Medical and sanitary report on the native army of Bombay for the year
Year: 1877
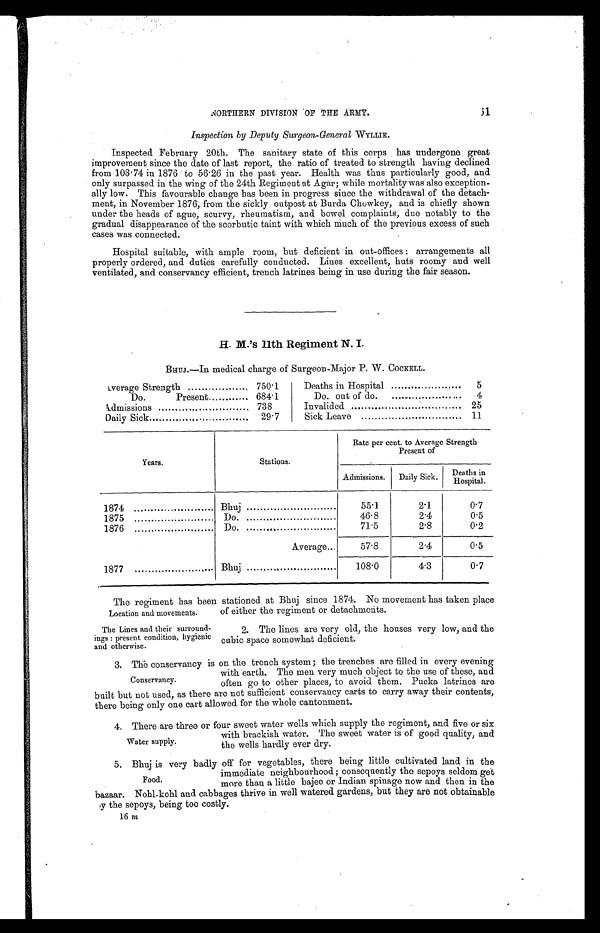
31
Inspection by Deputy Surgeon-General WYLLIE.
Inspected February 20th. The sanitary state of this corps has undergone great
improvement since the date of last report, the ratio of treated to strength having declined
from 103.74 in 1876 to 56.26 in the past year. Health was thus particularly good, and
only surpassed in the wing of the 24th Regiment at Agar; while mortality was also exception-
ally low. This favourable change has been in progress since the withdrawal of the detach-
ment, in November 1876, from the sickly outpost at Burda Chowkey, and is chiefly shown
under the heads of ague, scurvy, rheumatism, and bowel complaints, due notably to the
gradual disappearance of the scorbutic taint with which much of the previous excess of such
cases was connected.
Hospital suitable, with ample room, but deficient in out-offices : arrangements all
properly ordered, and duties carefully conducted. Lines excellent, huts roomy and well
ventilated, and conservancy efficient, trench latrines being in use during the fair season.
H. M.'S 11th Regiment N. I.
BHUJ.—In medical charge of Surgeon-Major P. W. COCKELL.
Average Strength
750.1
Deaths in Hospital
5
Do.
Present
684.1
Do out of do.
4
Admissions
738
Invalided
25
Daily Sick
29.7
Sick Leave
11
Years.
Stations.
Rate per cent. to Average Strength
Present of
Admissions.
Daily Sick.
Deaths in
Hospital.
1874
Bhuj
55.1
2.1
0.7
1875
Do.
46.8
2.4
0.5
1876
Do.
71.5
2.8
0.2
A v e r a g e
57.8
2.4
0.5
1877
.. Bhuj
108.0
4.3
0.7
Location and movements.
The regiment has been stationed at Bhuj since 1874. No movement has taken place
of either the regiment or detachments.
The Lines and their surround-
ings : present condition, hygienic
and otherwise.
2. The lines are very old, the houses very low, and the
cubic space somewhat deficient.
Conservancy.
3. The conservancy is on the trench system; the trenches are filled in every evening
with earth. The men very much object to the use of these, and
often go to other places, to avoid them. Pucka latrines are
built but not used, as there are not sufficient conservancy carts to carry away their contents,
there being only one cart allowed for the whole cantonment.
Water supply.
4 . T h e r e a r e t h r e e o r f o u r s w e e t w a t e r w e l l s w h i c h s u p p l y t h e r e g i m e n t , a n d f i v e o r s i x
with brackish water. The sweet water is of good quality, and
the wells hardly ever dry.
Food.
5. Bhuj is very badly off for vegetables, there being little cultivated land in the
immediate neighbourhood; consequently the sepoys seldom get
more than a little bajee or Indian spinage now and then in the
bazaar. Nohl-kohl and cabbages thrive in well watered gardens, but they are not obtainable
b y t h e s e p o y s , b e i n g t o o c o s t l y .
16 m